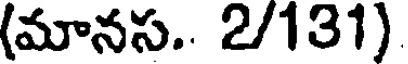
(మానస.. 2/131)